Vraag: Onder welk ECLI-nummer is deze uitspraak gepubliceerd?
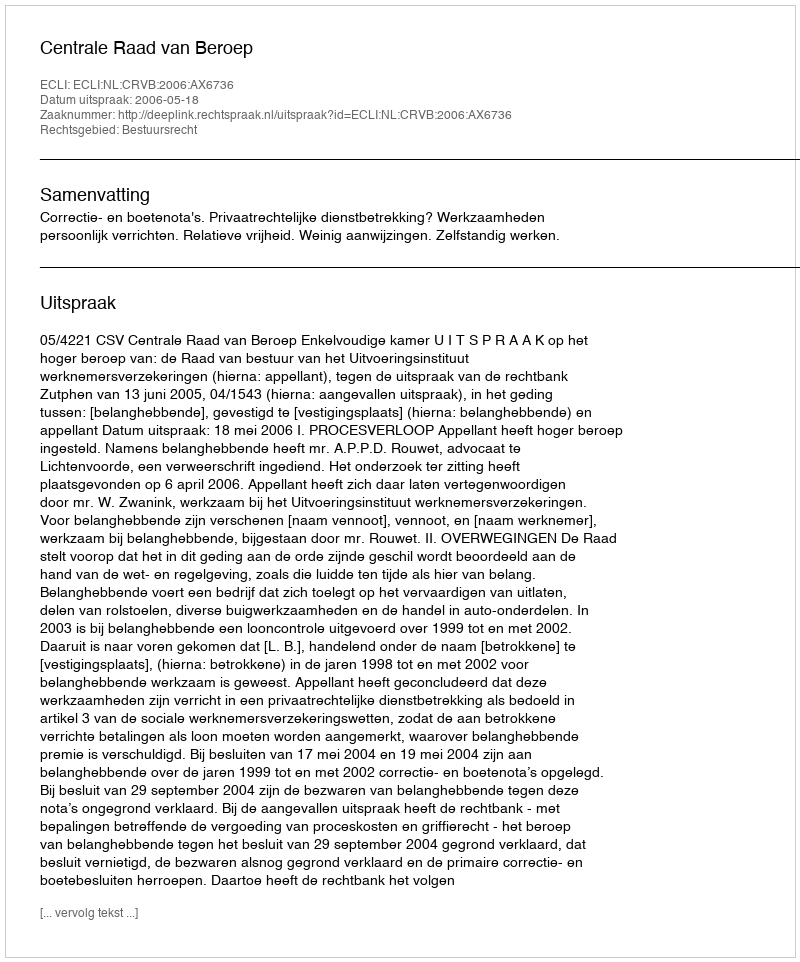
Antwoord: ECLI:NL:CRVB:2006:AX6736